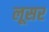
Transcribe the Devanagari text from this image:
लूसर